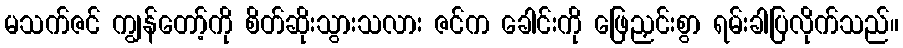
မသက်ဇင် ကျွန်တော့်ကို စိတ်ဆိုးသွားသလား ဇင်က ခေါင်းကို ဖြေညှင်းစွာ ရမ်းခါပြလိုက်သည်။